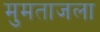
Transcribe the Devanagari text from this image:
मुमताजला